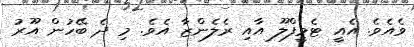
ވެއެވެ. އެއީ ޓެމީފްލޫ އާއި ރެލެންޒާ އެވެ. މި ދެ ބޭހުން އޫރު